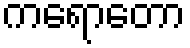
ကရောတော